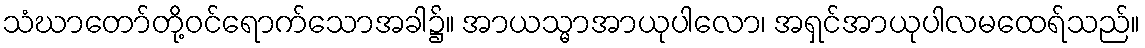
သံဃာတော်တို့ဝင်ရောက်သောအခါ၌။ အာယသ္မာအာယုပါလော၊ အရှင်အာယုပါလမထေရ်သည်။